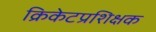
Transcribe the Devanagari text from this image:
क्रिकेटप्रशिक्षक